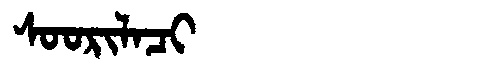
Manchu: ᠰᠣᠣᡵᡳᠯᠠᠴᡳ
Romanization: SOORILACI